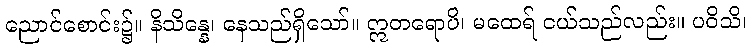
ညောင်စောင်း၌။ နိသိန္နေ၊ နေသည်ရှိသော်။ ဣတရောပိ၊ မထေရ် ငယ်သည်လည်း။ ပဝိသိ၊